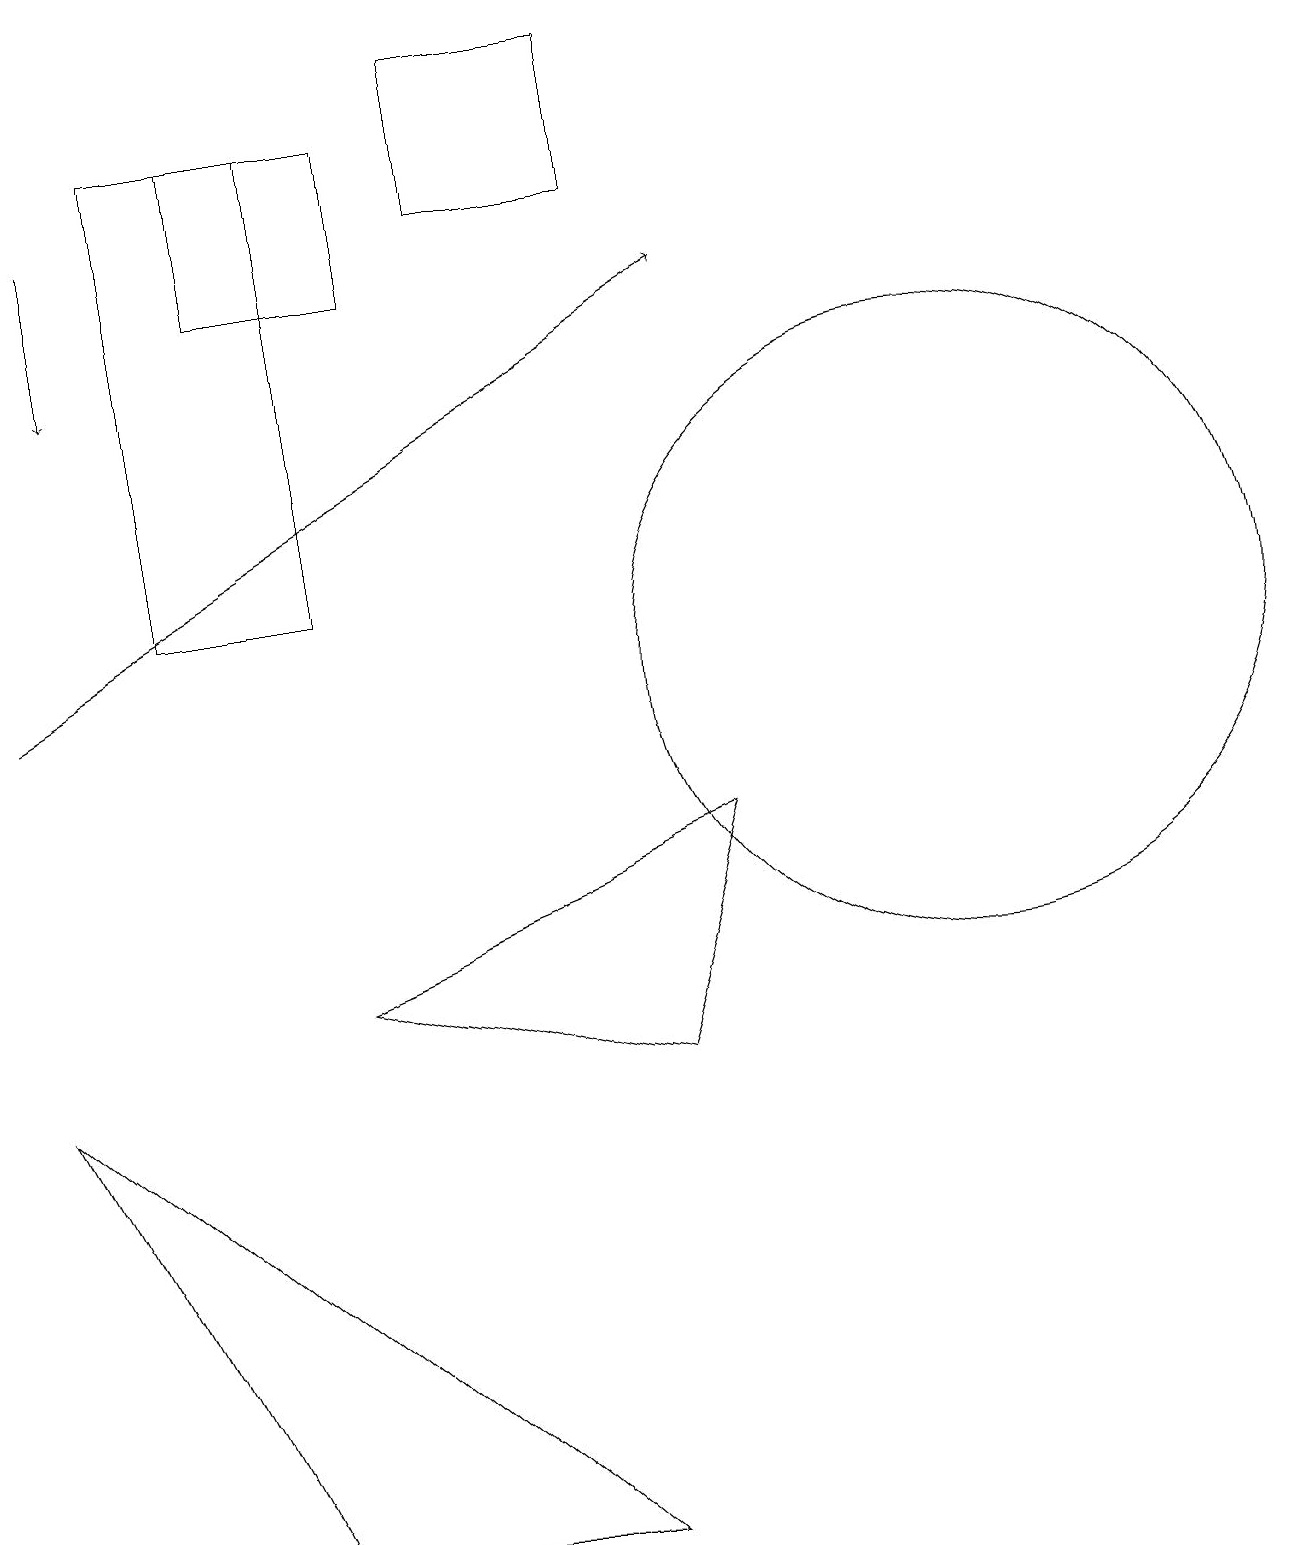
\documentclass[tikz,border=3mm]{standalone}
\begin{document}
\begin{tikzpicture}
\draw[->] (1,17) -- (1,15);
\draw (4,12) rectangle (2,18);
\draw (5,18) rectangle (3,16);
\draw[->] (0,11) -- (9,16);
\draw (8,17) rectangle (6,19);
\draw (12,11) circle (4);
\draw (8,6) -- (4,7) -- (9,9) -- cycle;
\draw (7,0) -- (0,6) -- (3,0) -- cycle;
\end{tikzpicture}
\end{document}